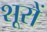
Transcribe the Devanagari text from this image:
शूरों